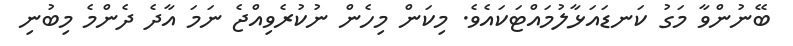
ބޭނުންވާ މަގު ކަނޑައަޅާލުމައްޓަކައެވެ. މިކަން މިހެން ނުކުރެވިއްޖެ ނަމަ އާދެ ދެންމެ މިބުނި